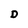
Character: D